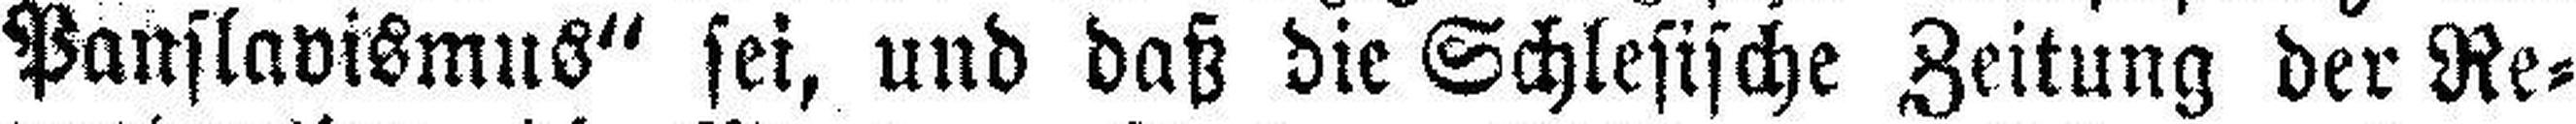
Panslavismus“ sei, und daß die Schlesische Zeitung der Re¬